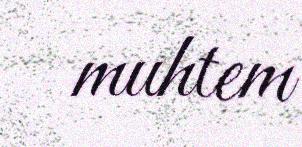
muhtem